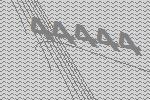
44444